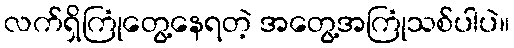
လက်ရှိကြုံတွေ့နေရတဲ့ အတွေ့အကြုံသစ်ပါပဲ။